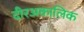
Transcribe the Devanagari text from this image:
दीरअकालिक